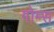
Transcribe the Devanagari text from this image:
गोम्‍स